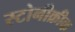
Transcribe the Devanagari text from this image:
स्टोनीक्रीक